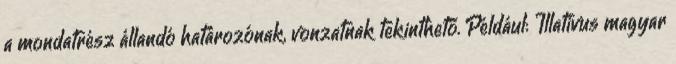
a mondatrész állandó határozónak, vonzatnak tekinthető. Például: Illativus magyar